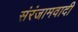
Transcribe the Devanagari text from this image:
संरंजामवादी